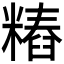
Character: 𰫐